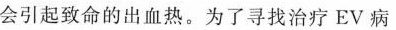
会引起致命的出血热。为了寻找治疗EV病